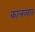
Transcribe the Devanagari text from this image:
कालव्यात